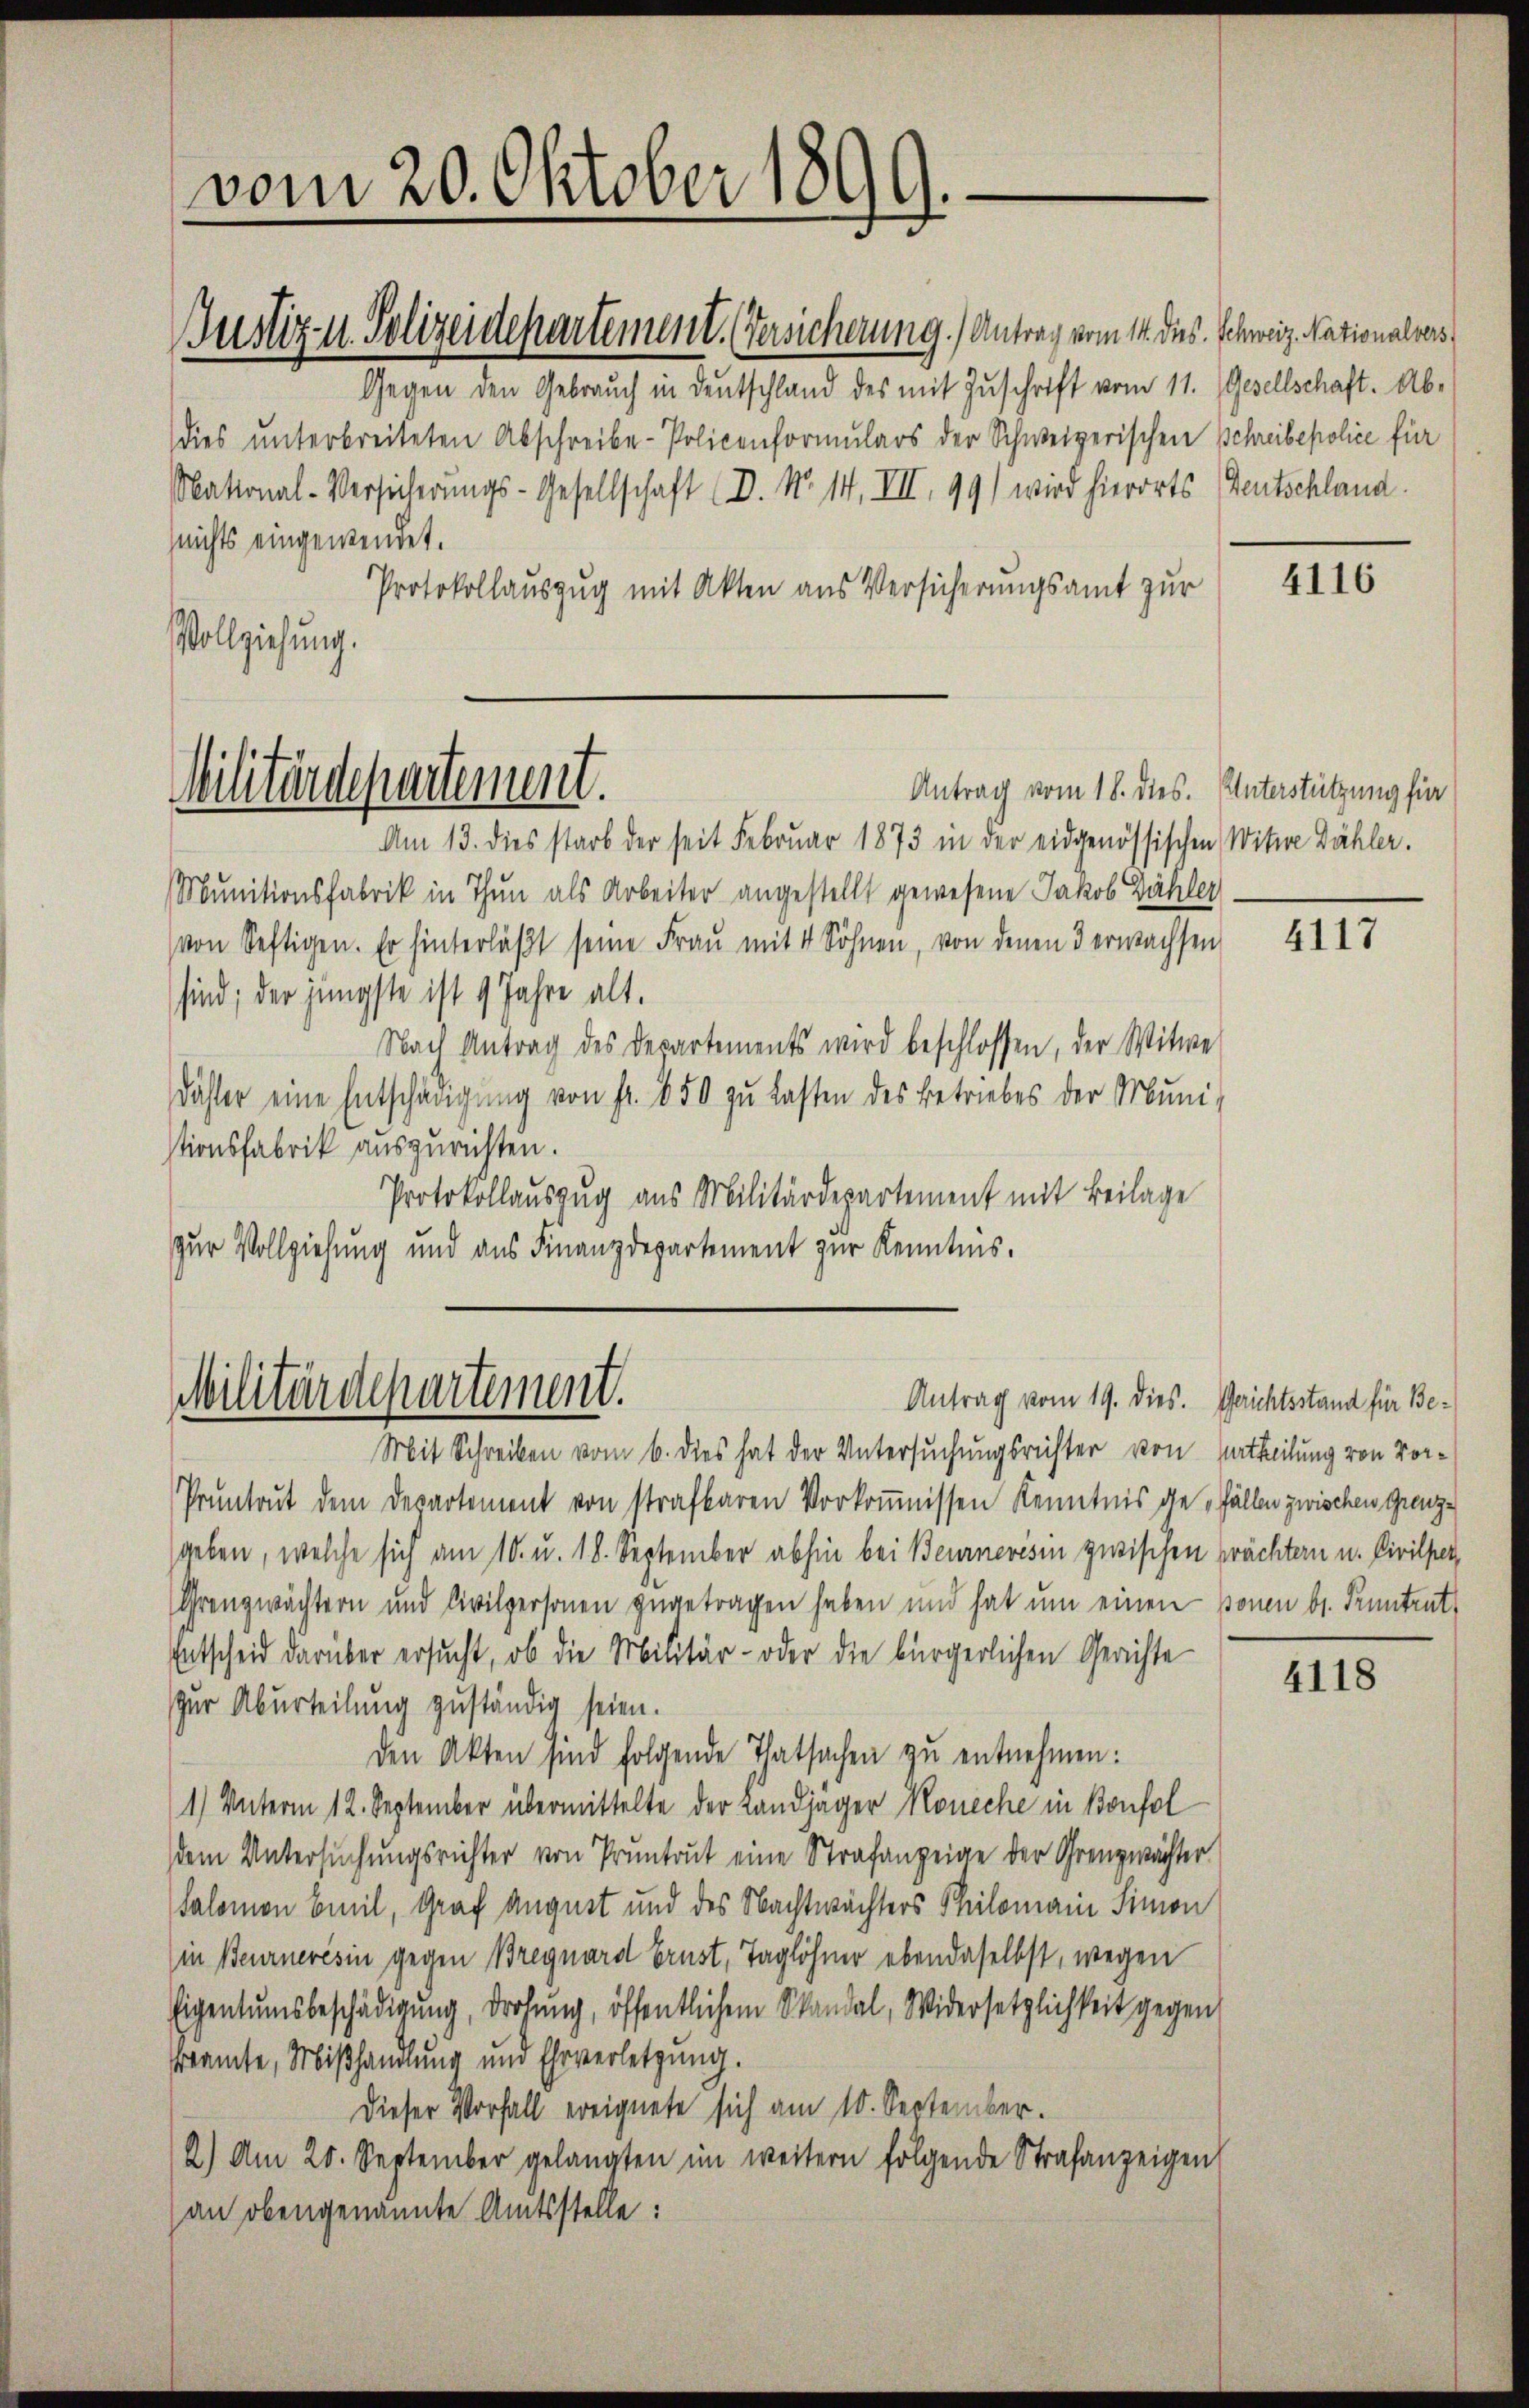
Gegen den Gebrauch in Deutschland des mit Zuschrift vom 11. Gesellschaft. Abdies ŭnterbreiteten Abschreibe-Policenformulars der Schweizerischen Schreibepolice für
National-Versicherungs-Gesellschaft (D. N. 14. VII. 99) wird hierorts Gentschland.
nichts eingewendet.
Protokollauszug mit Akten aus Versicherungsamt zur
Vollziehung.
Antrag vom 18. dies. Unterstützung für
Am 13. dies starb der seit Februar 1873 in der eidgenössischen Witwe Zähler.
Munitionsfabrik in Thun als Arbeiter angestellt gewesene Jakob Bähler
von Seftigen. Er hinterläβt seine Frau mit 4 Söhnen, von denen 3 erwachsen
sind; der jüngste ist 4 Jahre alt.
Nach Antrag des Departements wird beschlossen, der Witwe
Däster eine Entschängung von fr. 850 zu Lasten des Betriebes der Muni-
stionsfabrik auszurichten.
Protokollauszug aus Militärdepartement mit Beilage
zur Vollziehung und aus Finanzdepartement zur Kenntnis.

vom 20. Oktober 1899.

Justiz- u. Polizeidepartement. Versicherung.) Antrag vom 14. des Schweiz. Nationalvers

Militärdepartement.

Militärdepartement.
Antrag vom 19. dies. Gerichtsstand für Be¬

Mit Schreiben vom 6. dies hat der Untersuchungsrichter von Partheilung von Vor¬
Pruntrut dem Departement von strafbaren Vorkoṁnissen Kenntnis gefällen zwischen Grenzgeben, welche sich am 10. u. 18. September abhin bei Beurnerisin zwischen prächtern u. Civilper
Grenzwächtern und Civilpersonen zugetragen haben und hat um einen ponen bl. Pruntrut
Entscheid darüber ersucht, ob die Militär- oder die bürgerlichen Gerichte
zur Aburteilung zuständig seien.
den Akten sind folgende Thatsachen zu entnehmen:
1) Unterm 12. September übermittelte der Landjäger Koneche in Bonfol
dem Untersuchungsrichter von Pruntrut eine Strafanzeige der Grenzwächter
Salomon Emil, Graf August und des Nachtwächters Philomain Simon
in Beurneresin gegen Bregnard Brust, Taglöhner ebendaselbst, wegen
Eigentumsbeschädigung, drohung, öffentlichem Skandal, Widersetzlichkeit gegen
ramte, Mißhandlung und Ehrverletzung.
Dieser Vorfall ereignete sich am 10. September.
2) Am 20. September gelangten im weitern folgende Strafanzeigen
an obengenannte Amtsstelle:

4116

4117

4118